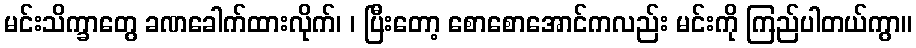
မင်းသိက္ခာတွေ ခဏခေါက်ထားလိုက်၊ ၊ ပြီးတော့ စောစောအောင်ကလည်း မင်းကို ကြည်ပါတယ်ကွာ။